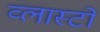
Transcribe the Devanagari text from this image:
व्लास्टो